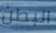
البطن